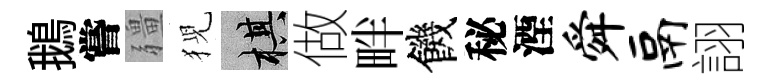
鵝嘗疆猊棋做畔饑秘湮舜鬲詡